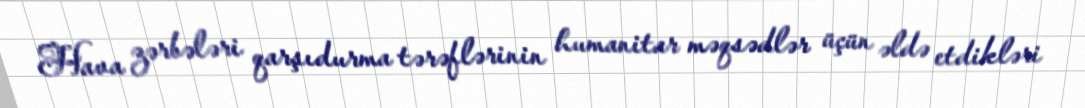
Hava zərbələri qarşıdurma tərəflərinin humanitar məqsədlər üçün əldə etdikləri